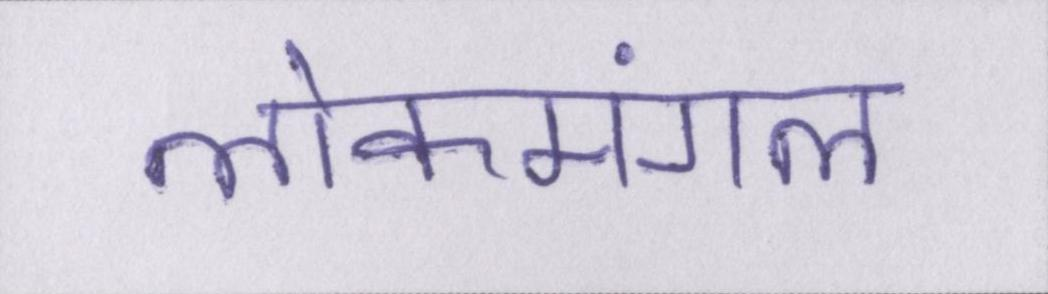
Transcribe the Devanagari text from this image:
लोकमंगल